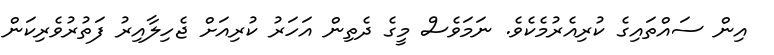
އިން ސައްތައިގެ ކުރިއެރުމެކެވެ. ނަމަވެސް މީގެ ދެތިން އަހަރު ކުރިއަށް ޖެހިލާއިރު ފަތުރުވެރިކަން